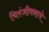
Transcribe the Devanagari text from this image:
चिरंजीवनाचे